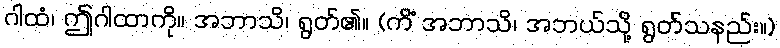
ဂါထံ၊ ဤဂါထာကို။ အဘာသိ၊ ရွတ်၏။ (ကိံ အဘာသိ၊ အဘယ်သို့ ရွတ်သနည်း။)